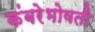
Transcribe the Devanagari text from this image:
कंबरेभोवती